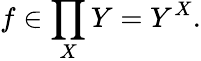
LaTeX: f\in\prod_{X}Y=Y^{X}.